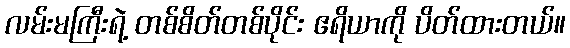
လမ်းမကြီးရဲ့ တစ်စိတ်တစ်ပိုင်း ဧရိယာကို ပိတ်ထားတယ်။